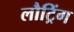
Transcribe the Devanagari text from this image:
लौट्रिंग